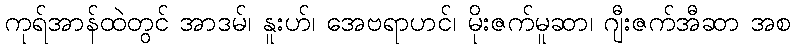
ကုရ်အာန်ထဲတွင် အာဒမ်၊ နူးဟ်၊ အေဗရာဟင်၊ မိုးဇက်မူဆာ၊ ဂျီးဇက်အီဆာ အစ